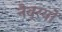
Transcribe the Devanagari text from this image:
नैव्रयों